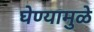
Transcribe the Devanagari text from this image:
घेण्यामुळे